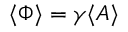
\langle { \Phi } \rangle = \gamma \langle { A } \rangle